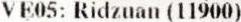
VE05: RIDZUAN (11900)